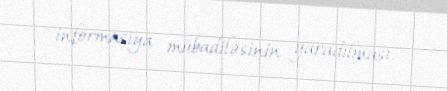
informasiya mübadiləsinin yaradılması.